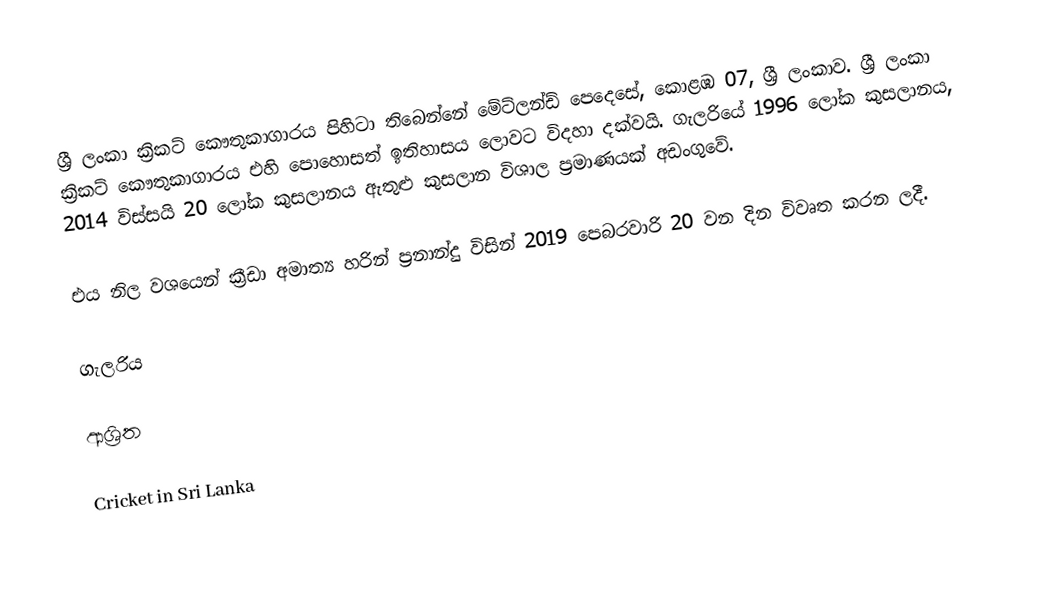
ශ්‍රී ලංකා ක්‍රිකට් කෞතුකාගාරය පිහිටා තිබෙන්නේ මේට්ලන්ඩ් පෙදෙසේ, කොළඹ 07, ශ්‍රී ලංකාව. ශ්‍රී ලංකා ක්‍රිකට් කෞතුකාගාරය එහි පොහොසත් ඉතිහාසය ලොවට විදහා දක්වයි. ගැලරියේ 1996 ලෝක කුසලානය, 2014 විස්සයි 20 ලෝක කුසලානය ඇතුළු කුසලාන විශාල ප්‍රමාණයක් අඩංගුවේ.

එය නිල වශයෙන් ක්‍රීඩා අමාත්‍ය හරින් ප්‍රනාන්දු විසින් 2019 පෙබරවාරි 20 වන දින විවෘත කරන ලදී.

ගැලරිය

ආශ්‍රිත

Cricket in Sri Lanka